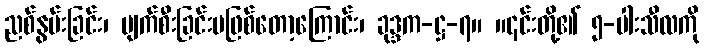
ညစ်နွမ်းခြင်း၊ ပျက်စီးခြင်းမဖြစ်တော့ကြောင်း၊ ခုဒ္ဒက-ဋ္ဌ-၇။ ။၎င်းတို့၏ ၅-ပါးသီလကို